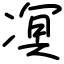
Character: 凕